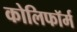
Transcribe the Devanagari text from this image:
कोलिफॉर्म